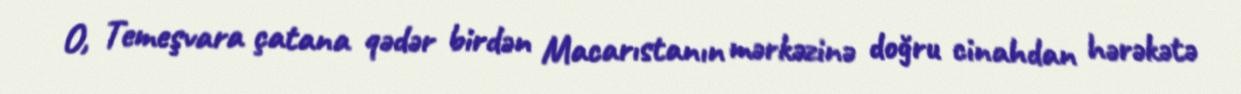
O, Temeşvara çatana qədər birdən Macarıstanın mərkəzinə doğru cinahdan hərəkətə